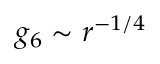
g _ { 6 } \sim r ^ { - 1 / 4 }